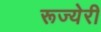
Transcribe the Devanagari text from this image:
रूज्येरी